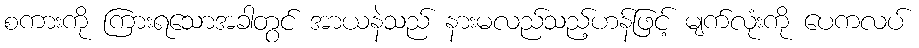
စကားကို ကြားရသောအခါတွင် အာယနဲသည် နားမလည်သည့်ဟန်ဖြင့် မျက်လုံးကို ပေကလပ်